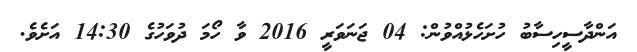
އަންދާސީހިސާބު ހުށަހެޅުއްވުން: 04 ޖަނަވަރީ 2016 ވާ ހޯމަ ދުވަހުގެ 14:30 އަށެވެ.